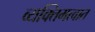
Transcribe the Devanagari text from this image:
व्यक्तिमत्वात